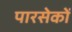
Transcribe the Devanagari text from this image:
पारसेकों